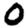
Digit: 0